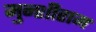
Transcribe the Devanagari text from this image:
मुन्शीराम